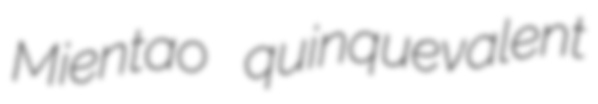
Mientao quinquevalent